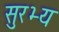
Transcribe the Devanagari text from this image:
सुरभ्य